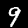
Label: 9